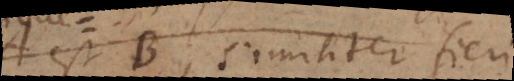
A est B, similiter fieri